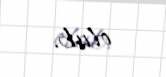
olub.